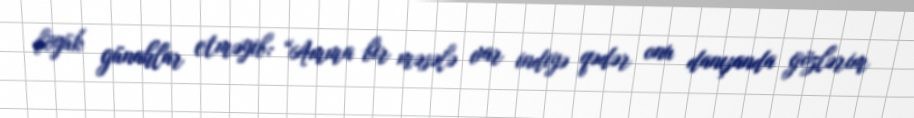
böyük günahlar etməyib: “Amma bir məsələ var indiyə qədər onu danışanda gözlərim